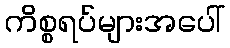
ကိစ္စရပ်များအပေါ်